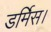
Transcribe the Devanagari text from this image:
डर्मिस।